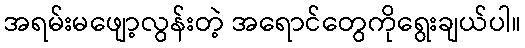
အရမ်းမဖျော့လွန်းတဲ့ အရောင်တွေကိုရွေးချယ်ပါ။